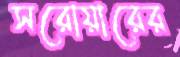
সরোয়ারের